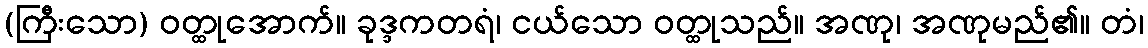
(ကြီးသော) ဝတ္ထုအောက်။ ခုဒ္ဒကတရံ၊ ငယ်သော ဝတ္ထုသည်။ အဏု၊ အဏုမည်၏။ တံ၊